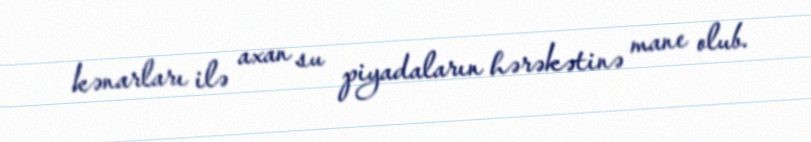
kənarları ilə axan su piyadaların hərəkətinə mane olub.